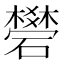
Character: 𥖯